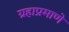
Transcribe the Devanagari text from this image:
ग्रहाप्रमाणे